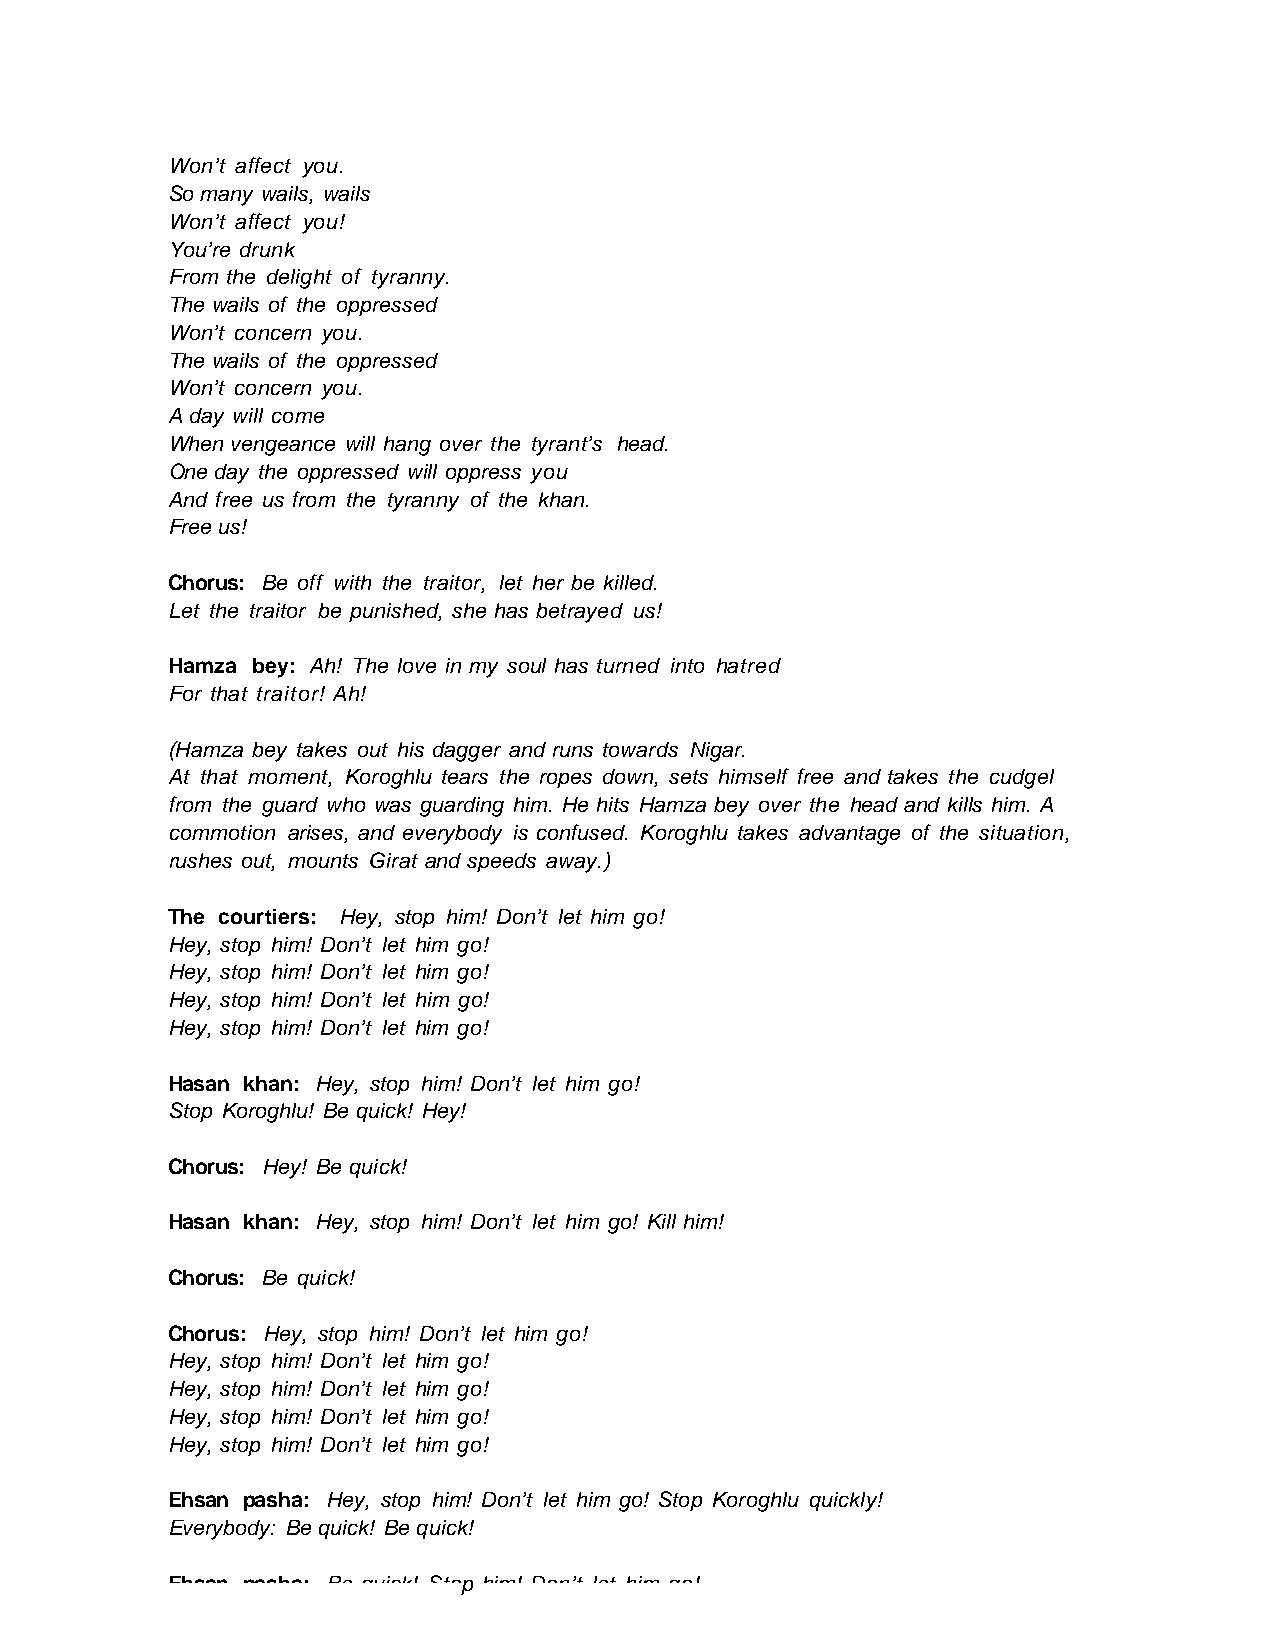
Won’t affect you.
 So many wails, wails
 Won’t affect you!
 You’re drunk
 From the delight of tyranny.
 The wails of the oppressed
 Won’t concern you.
 The wails of the oppressed
 Won’t concern you.
 A day will come
 When vengeance will hang over the tyrant’s head.
 One day the oppressed will oppress you
 And free us from the tyranny of the khan.
 Free us!
 Chorus: Be off with the traitor, let her be killed.
 Let the traitor be punished, she has betrayed us!
 Hamza bey: Ah! The love in my soul has turned into hatred
 For that traitor! Ah!
 (Hamza bey takes out his dagger and runs towards Nigar.
 At that moment, Koroghlu tears the ropes down, sets himself free and takes the cudgel
 from the guard who was guarding him. He hits Hamza bey over the head and kills him. A
 commotion arises, and everybody is confused. Koroghlu takes advantage of the situation,
 rushes out, mounts Girat and speeds away.)
 The courtiers: Hey, stop him! Don’t let him go!
 Hey, stop him! Don’t let him go!
 Hey, stop him! Don’t let him go!
 Hey, stop him! Don’t let him go!
 Hey, stop him! Don’t let him go!
 Hasan khan: Hey, stop him! Don’t let him go!
 Stop Koroghlu! Be quick! Hey!
 Chorus: Hey! Be quick!
 Hasan khan: Hey, stop him! Don’t let him go! Kill him!
 Chorus: Be quick!
 Chorus: Hey, stop him! Don’t let him go!
 Hey, stop him! Don’t let him go!
 Hey, stop him! Don’t let him go!
 Hey, stop him! Don’t let him go!
 Hey, stop him! Don’t let him go!
 Ehsan pasha: Hey, stop him! Don’t let him go! Stop Koroghlu quickly!
 Everybody: Be quick! Be quick!
 Ehsan pasha: Be quick! Stop him! Don’t let him go!